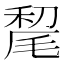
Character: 𰚥